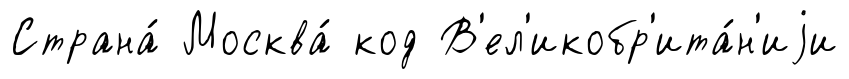
Страна́ Москва́ код В'ел'икобр'ита́н'иjи